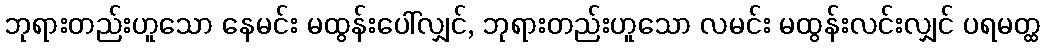
ဘုရားတည်းဟူသော နေမင်း မထွန်းပေါ်လျှင်, ဘုရားတည်းဟူသော လမင်း မထွန်းလင်းလျှင် ပရမတ္ထ